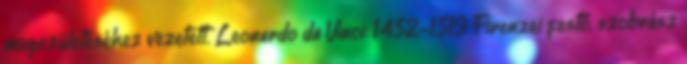
megszületéséhez vezetett. Leonardo da Vinci: 1452-1519 Firenzei festő, szobrász